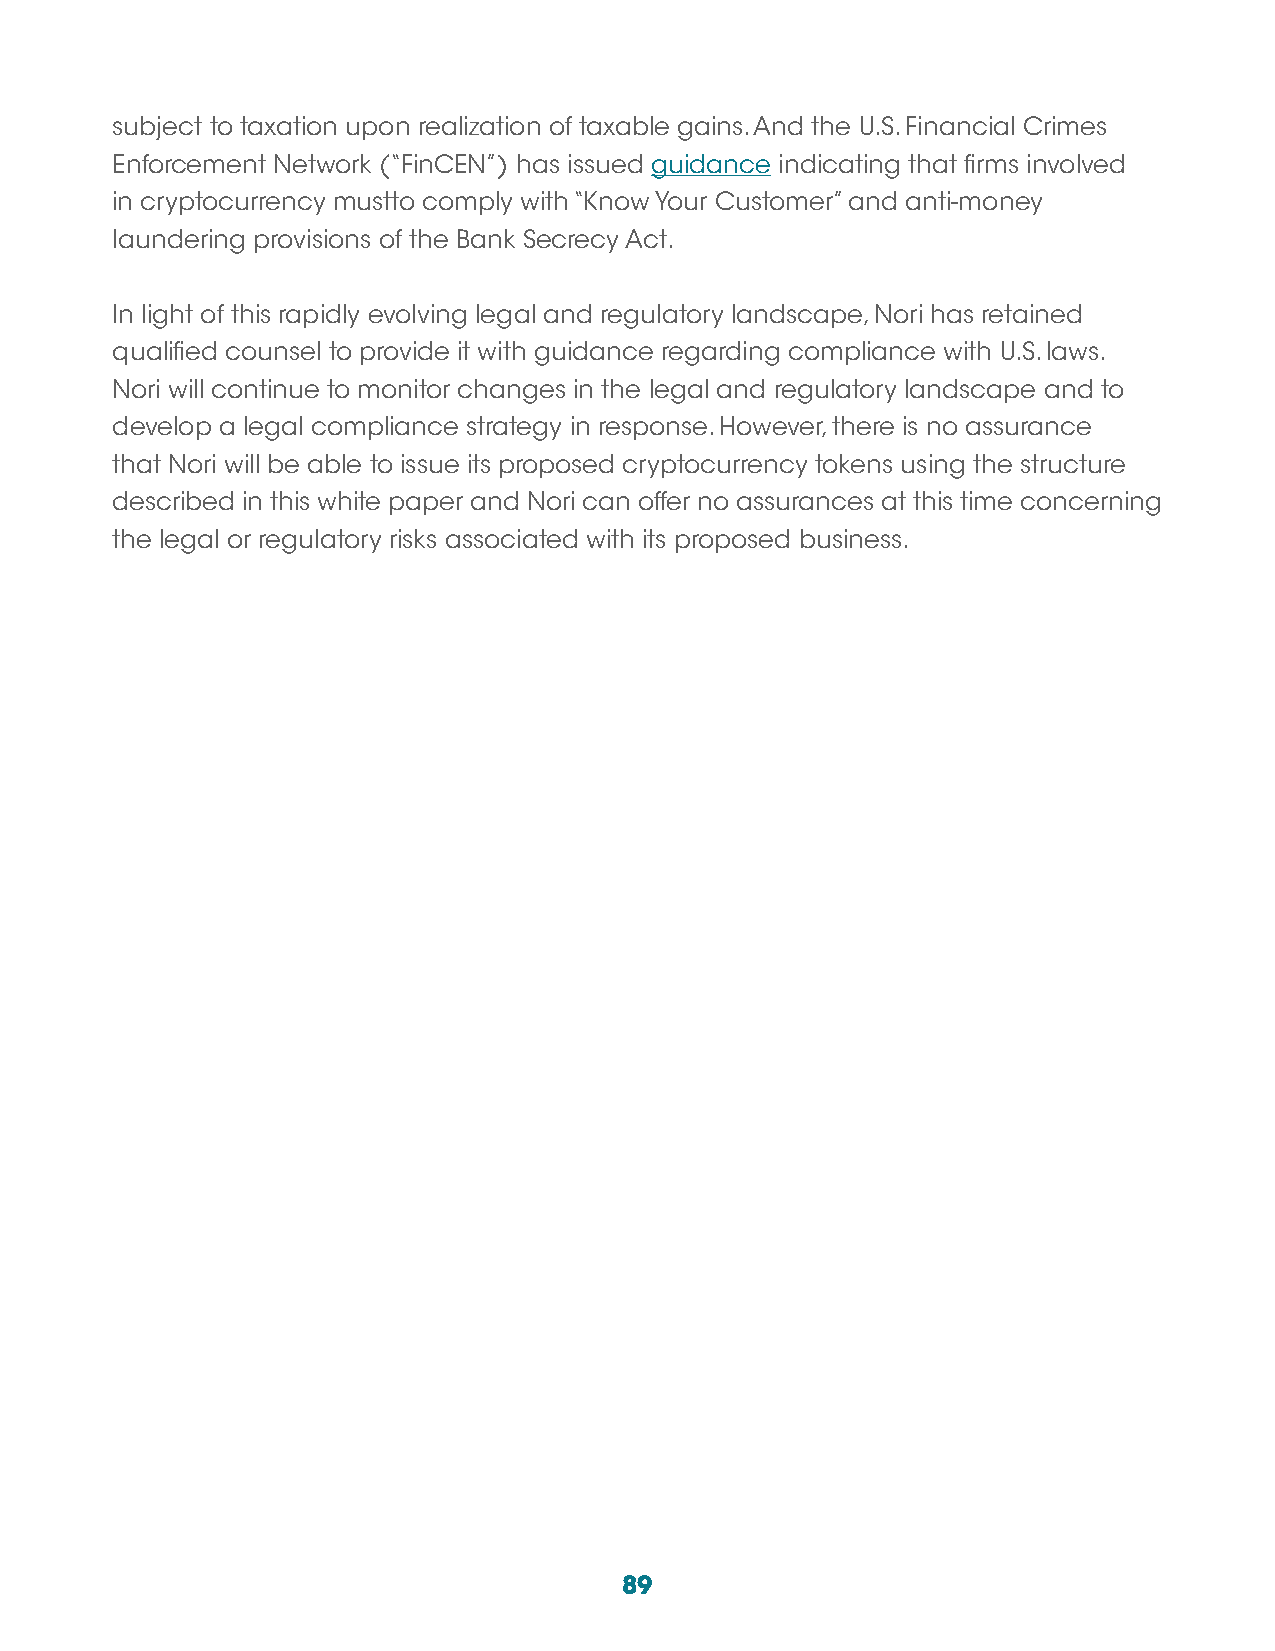
subject to taxation upon realization of taxable gains. And the U.S. Financial Crimes
 Enforcement Network (“FinCEN”) has issued guidance indicating that firms involved
 in cryptocurrency mustto comply with “Know Your Customer” and anti-money
 laundering provisions of the Bank Secrecy Act.
 In light of this rapidly evolving legal and regulatory landscape, Nori has retained
 qualified counsel to provide it with guidance regarding compliance with U.S. laws.
 Nori will continue to monitor changes in the legal and regulatory landscape and to
 develop a legal compliance strategy in response. However, there is no assurance
 that Nori will be able to issue its proposed cryptocurrency tokens using the structure
 described in this white paper and Nori can offer no assurances at this time concerning
 the legal or regulatory risks associated with its proposed business.
 89